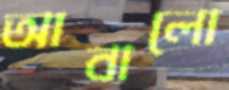
আবালো